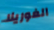
الغوريلا